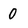
Character: 0